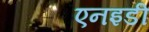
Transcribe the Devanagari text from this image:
एनइडी